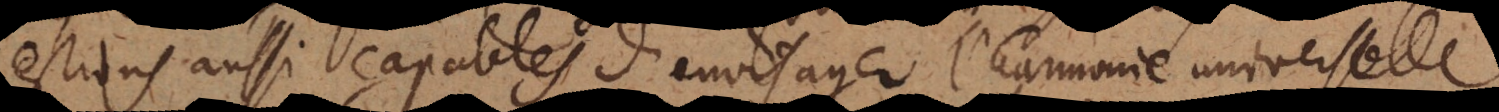
estions aussi capables d’envisager l’harmonie universelle